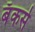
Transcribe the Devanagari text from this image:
बँकर्स